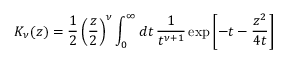
K _ { \nu } ( z ) = \frac { 1 } { 2 } \left( \frac { z } { 2 } \right) ^ { \nu } \int _ { 0 } ^ { \infty } d t \, \frac { 1 } { t ^ { \nu + 1 } } \exp \left[ - t - \frac { z ^ { 2 } } { 4 t } \right]